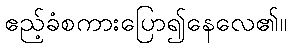
ဧည့်ခံစကားပြော၍နေလေ၏။